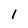
Character: I